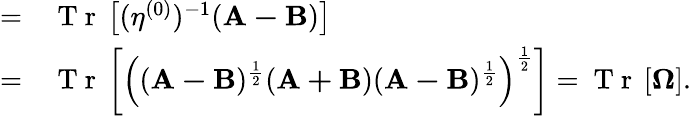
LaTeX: \begin{array}{rl}{=}&{{}\mathrm{~T~r~}\left[(\mathbf{\eta}^{(0)})^{-1}(\mathbf{A-B})\right]}\\ {=}&{{}\mathrm{~T~r~}\left[\left((\mathbf{A-B})^{\frac{1}{2}}(\mathbf{A+B})(\mathbf{A-B})^{\frac{1}{2}}\right)^{\frac{1}{2}}\right]=\mathrm{~T~r~}\left[\mathbf{\Omega}\right].}\end{array}